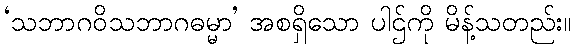
‘သဘာဂဝိသဘာဂဓမ္မာ’ အစရှိသော ပါဌ်ကို မိန့်သတည်း။